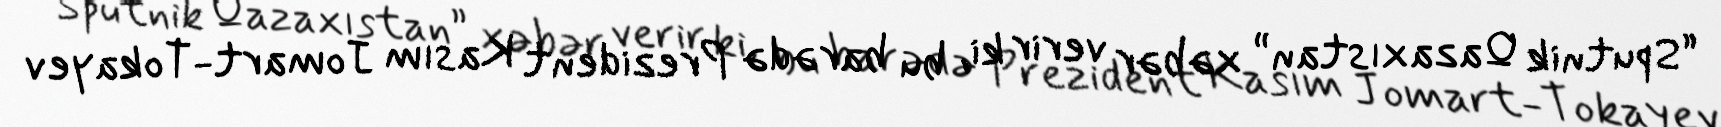
“Sputnik Qazaxıstan” xəbər verir ki, bu barədə Prezident Kasım Jomart-Tokayev